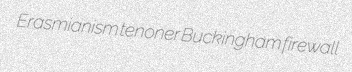
Erasmianism tenoner Buckingham firewall